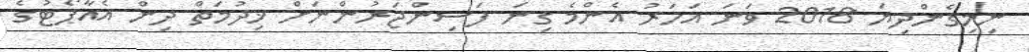
ނިމިގެންދިޔަ 2018 ވަނަ އަހަރު އެންމެ ގިނަ ފަސިންޖަރުންނަށް ޚިދުމަތް ދިން އެއާޕޯޓުގެ